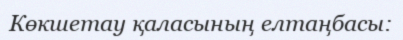
Көкшетау қаласының елтаңбасы: